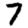
Digit: 7